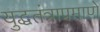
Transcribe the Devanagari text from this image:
युद्धतंत्राप्रमाणे